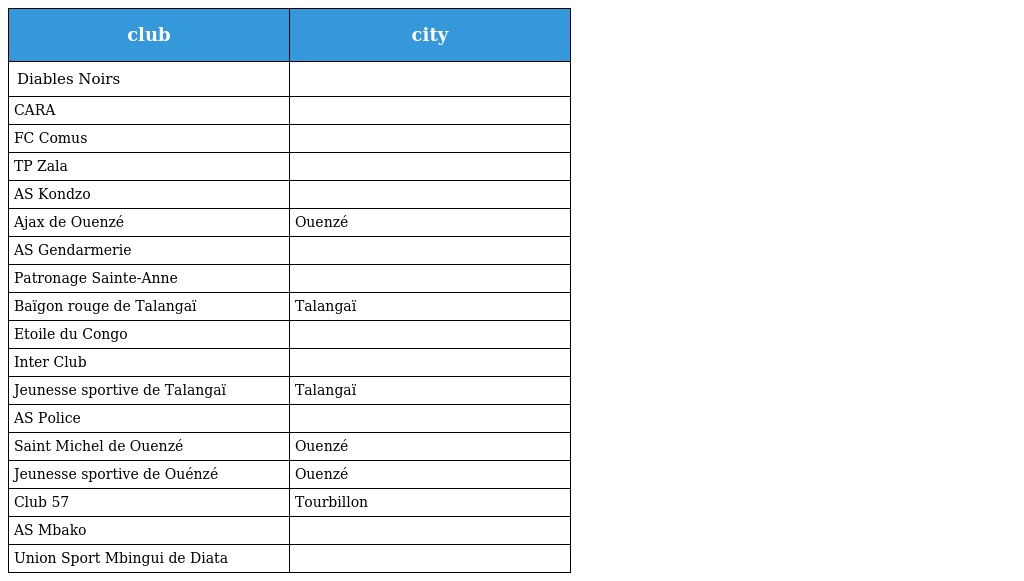
| club | city |
 | --- | --- |
 | Diables Noirs |  |
 | CARA |  |
 | FC Comus |  |
 | TP Zala |  |
 | AS Kondzo |  |
 | Ajax de Ouenzé | Ouenzé |
 | AS Gendarmerie |  |
 | Patronage Sainte-Anne |  |
 | Baïgon rouge de Talangaï | Talangaï |
 | Etoile du Congo |  |
 | Inter Club |  |
 | Jeunesse sportive de Talangaï | Talangaï |
 | AS Police |  |
 | Saint Michel de Ouenzé | Ouenzé |
 | Jeunesse sportive de Ouénzé | Ouenzé |
 | Club 57 | Tourbillon |
 | AS Mbako |  |
 | Union Sport Mbingui de Diata |  |